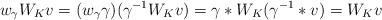
LaTeX: \begin{align*} w_\gamma W_Kv=(w_\gamma\gamma)(\gamma^{-1}W_Kv) =\gamma*W_K(\gamma^{-1}*v)=W_Kv \end{align*}